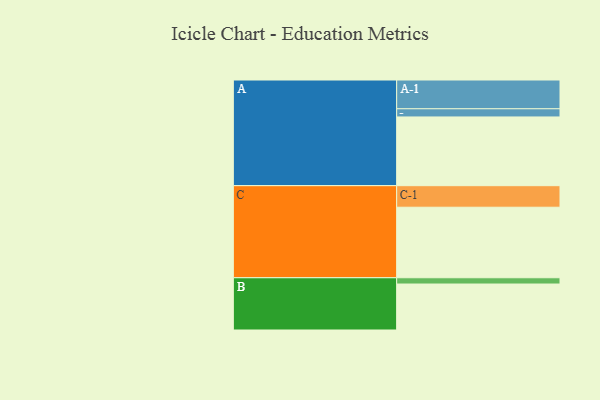
{"axis": {"x": "Segment", "y": "Value"}, "legend": ["", "A", "B", "C"], "data": [{"x": "A", "y": 571, "type": ""}, {"x": "B", "y": 382, "type": ""}, {"x": "C", "y": 586, "type": ""}, {"x": "A-1", "y": 239, "type": "A"}, {"x": "A-2", "y": 68, "type": "A"}, {"x": "B-1", "y": 52, "type": "B"}, {"x": "C-1", "y": 179, "type": "C"}]}